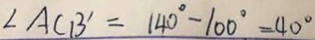
\angle A C B ^ { \prime } = 1 4 0 ^ { \circ } - 1 0 0 ^ { \circ } = 4 0 ^ { \circ }